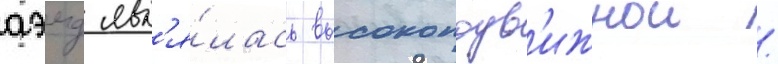
аэмд явл'я́лась высокоподв'ижнои /